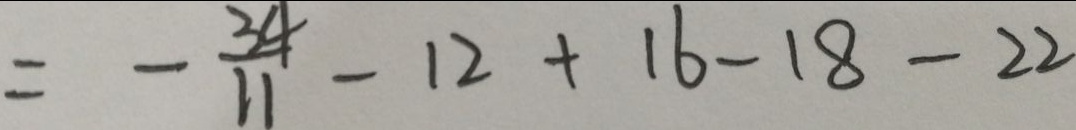
= - \frac { 3 4 } { 1 1 } - 1 2 + 1 6 - 1 8 - 2 2